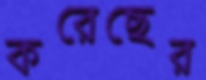
করেছের